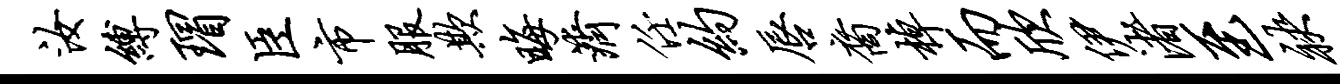
汝缚瑁臣市服欺晦济任约唇裔棹而欣伊渚至袂